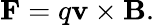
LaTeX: \mathbf{F}=q\mathbf{v}\times\mathbf{B}.